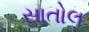
સાતોલ